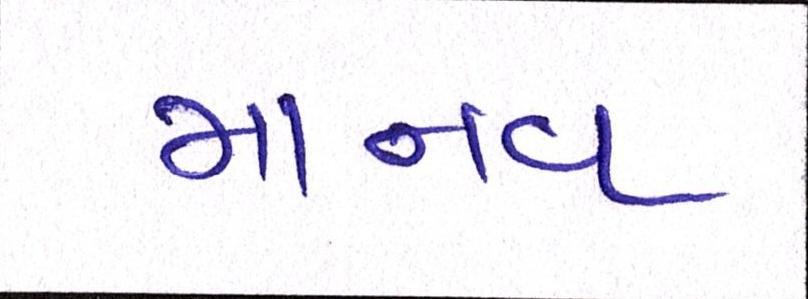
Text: માનવ